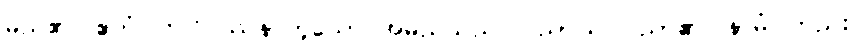
မည်၏။ ဧတံ၊ ဤဝိပဿနာဟူသော အမည်သည်။ ပညာယ၊ ပညာ၏။ နာမံ၊ တည်း။